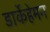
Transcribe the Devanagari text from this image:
डार्केहेमन